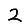
Digit: 2